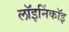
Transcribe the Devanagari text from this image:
लॉइनिंकॉइ